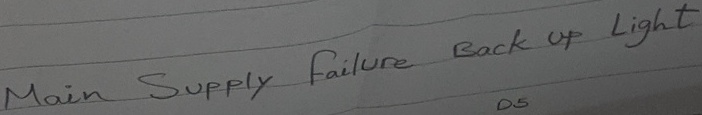
Text: Main Supply failure Back up Light